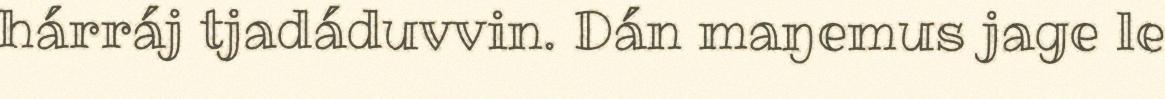
hárráj tjadáduvvin. Dán maŋemus jage le